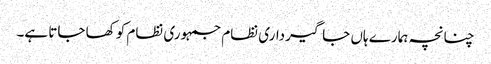
چنانچہ ہمارے ہاں جاگیرداری نظام جمہوری نظام کو کھا جاتا ہے۔